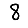
Digit: 8